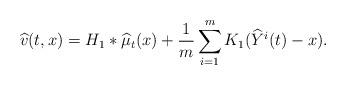
LaTeX: \begin{align*}\widehat{v} (t,x) = H_1 \ast \widehat{\mu}_t (x) + \frac1m \sum_{i=1}^m K_1(\widehat{Y}^i(t)-x).\end{align*}